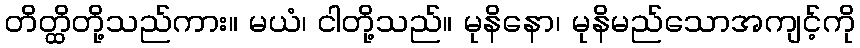
တိတ္ထိတို့သည်ကား။ မယံ၊ ငါတို့သည်။ မုနိနော၊ မုနိမည်သောအကျင့်ကို